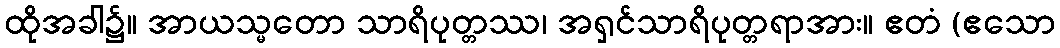
ထိုအခါ၌။ အာယသ္မတော သာရိပုတ္တဿ၊ အရှင်သာရိပုတ္တရာအား။ ဧတံ (ဧသော